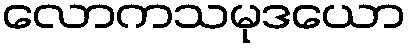
လောကသမုဒယော